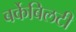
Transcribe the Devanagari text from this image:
बर्केबिलटी